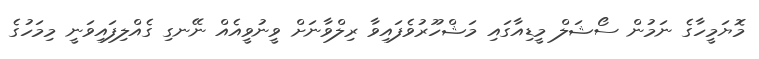
މޮޔަމީހާގެ ނަމުން ސޯޝަލް މީޑިއާގައި މަޝްހޫރުވެފައިވާ ރިލްވާނަށް ވީނުވީއެއް ނޭނގި ގެއްލިފައިވަނީ މިމަހުގެ